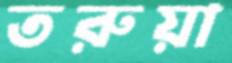
তরুয়া